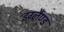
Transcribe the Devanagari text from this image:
इग्लैंण्ड